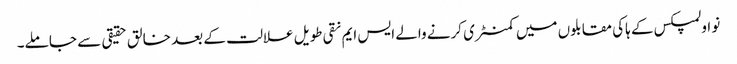
نو اولمپکس کے ہاکی مقابلوں میں کمنٹری کرنے والے ایس ایم نقی طویل علالت کے بعد خالق حقیقی سے جا ملے۔